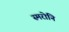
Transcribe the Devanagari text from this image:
स्मरोनि